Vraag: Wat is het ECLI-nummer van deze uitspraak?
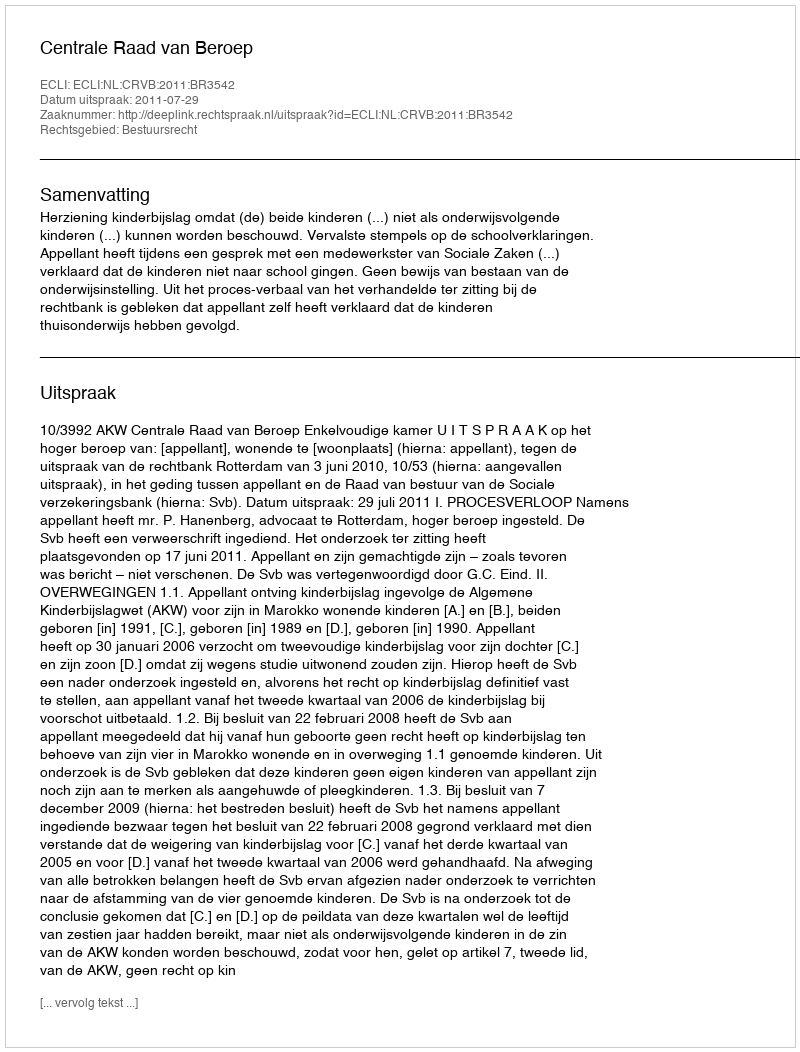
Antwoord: ECLI:NL:CRVB:2011:BR3542